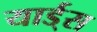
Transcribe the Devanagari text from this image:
यार्ड्‌स